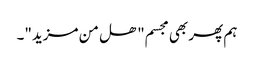
ہم پھر بھی مجسم" ھل من مزید"۔